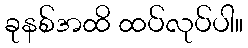
ခုနစ်အထိ ထပ်လုပ်ပါ။